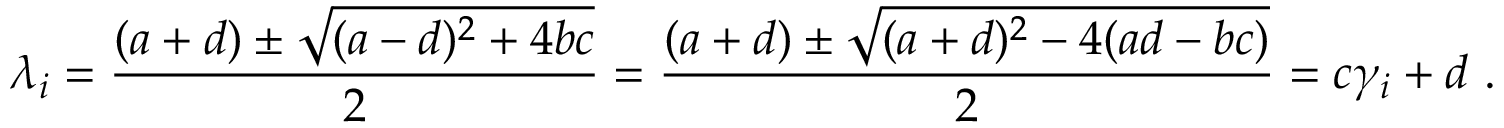
\lambda _ { i } = { \frac { ( a + d ) \pm { \sqrt { ( a - d ) ^ { 2 } + 4 b c } } } { 2 } } = { \frac { ( a + d ) \pm { \sqrt { ( a + d ) ^ { 2 } - 4 ( a d - b c ) } } } { 2 } } = c \gamma _ { i } + d \ .